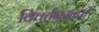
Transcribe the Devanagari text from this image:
विवर्तनमापी